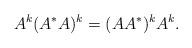
LaTeX: \begin{align*}A^k(A^{*}A)^{k}=(AA^{*})^kA^{k}.\end{align*}